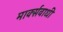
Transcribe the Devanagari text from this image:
मार्क्सवाधी